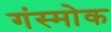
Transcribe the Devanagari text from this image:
गंस्मोक